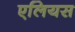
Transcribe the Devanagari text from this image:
एलियस